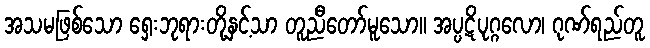
အသမဖြစ်သော ရှေးဘုရားတို့နှင့်သာ တူညီတော်မူသော။ အပ္ပဋိပုဂ္ဂလော၊ ဂုဏ်ရည်တူ